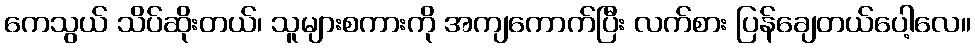
ကေသွယ် သိပ်ဆိုးတယ်၊ သူများစကားကို အကျကောက်ပြီး လက်စား ပြန်ချေတယ်ပေါ့လေ။